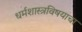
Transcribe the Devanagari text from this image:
धर्मशास्त्रविषयाचा